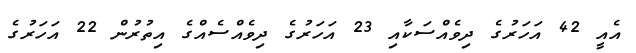
އެއީ 42 އަހަރުގެ ދިވެއްސަކާއި 23 އަހަރުގެ ދިވެއްސެއްގެ އިތުރުން 22 އަހަރުގެ